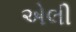
એલી